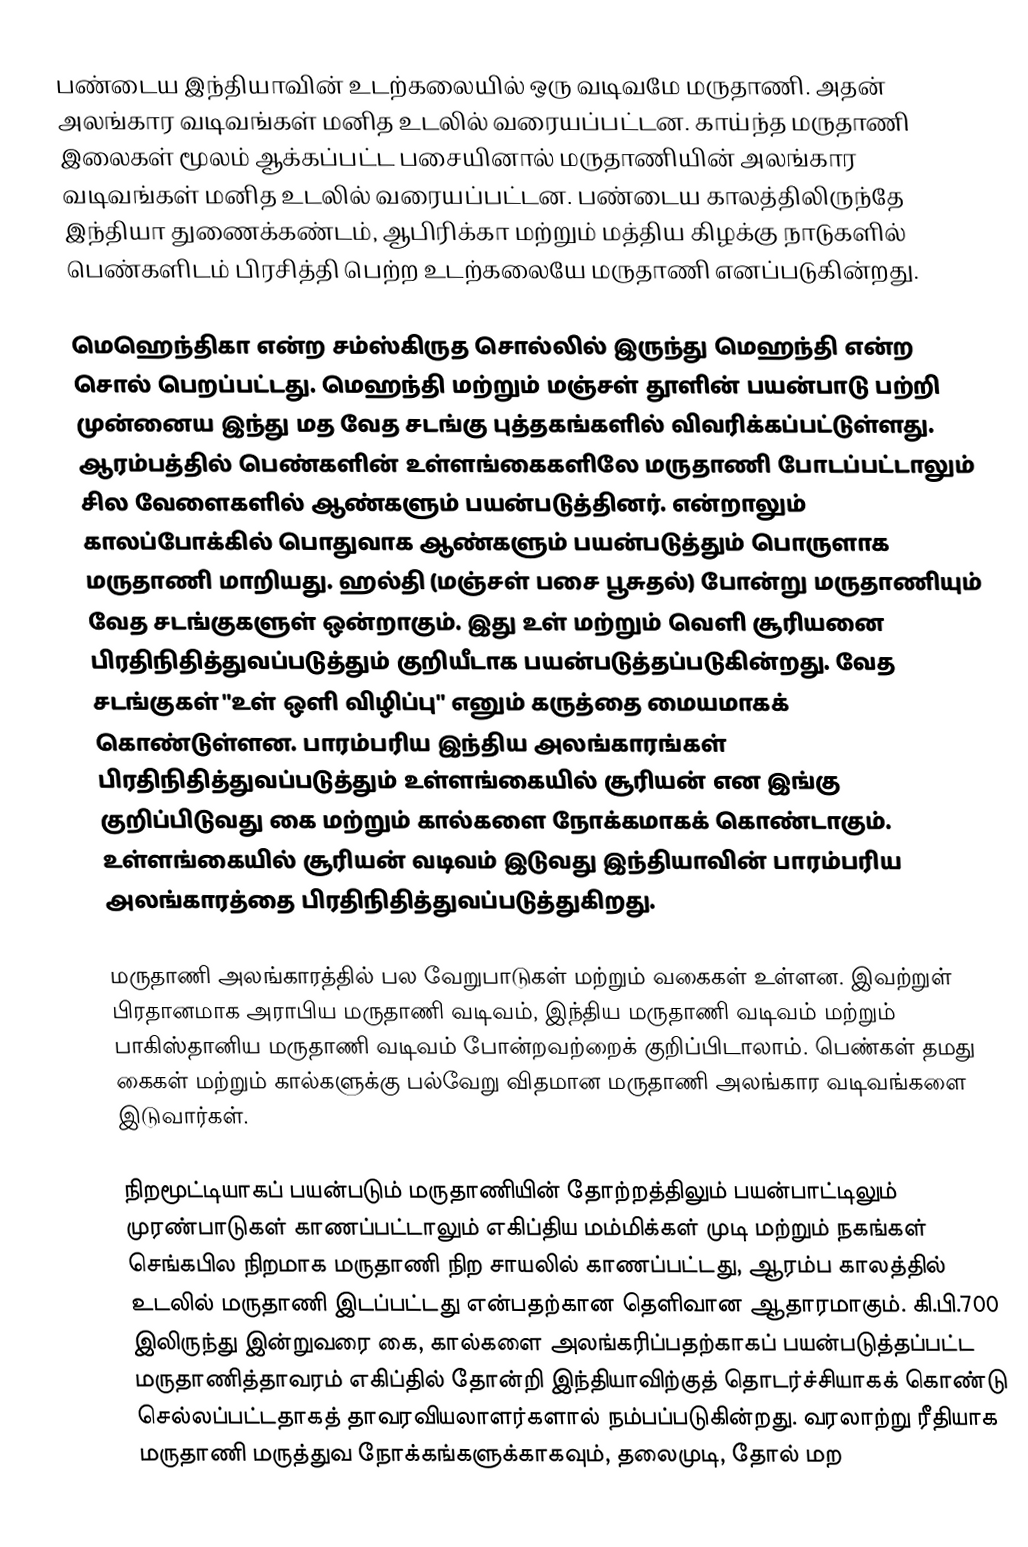
பண்டைய இந்தியாவின் உடற்கலையில் ஒரு வடிவமே மருதாணி. அதன் அலங்கார வடிவங்கள் மனித உடலில் வரையப்பட்டன. காய்ந்த மருதாணி இலைகள் மூலம் ஆக்கப்பட்ட பசையினால் மருதாணியின் அலங்கார வடிவங்கள் மனித உடலில் வரையப்பட்டன. பண்டைய காலத்திலிருந்தே இந்தியா துணைக்கண்டம், ஆபிரிக்கா மற்றும் மத்திய கிழக்கு நாடுகளில் பெண்களிடம் பிரசித்தி பெற்ற உடற்கலையே மருதாணி எனப்படுகின்றது.

மெஹெந்திகா என்ற சம்ஸ்கிருத சொல்லில் இருந்து மெஹந்தி என்ற சொல் பெறப்பட்டது. மெஹந்தி மற்றும் மஞ்சள் தூளின் பயன்பாடு பற்றி முன்னைய இந்து மத வேத சடங்கு புத்தகங்களில் விவரிக்கப்பட்டுள்ளது. ஆரம்பத்தில் பெண்களின் உள்ளங்கைகளிலே மருதாணி போடப்பட்டாலும் சில வேளைகளில் ஆண்களும் பயன்படுத்தினர். என்றாலும் காலப்போக்கில் பொதுவாக ஆண்களும் பயன்படுத்தும் பொருளாக மருதாணி மாறியது. ஹல்தி (மஞ்சள் பசை பூசுதல்) போன்று மருதாணியும் வேத சடங்குகளுள் ஒன்றாகும். இது உள் மற்றும் வெளி சூரியனை பிரதிநிதித்துவப்படுத்தும் குறியீடாக பயன்படுத்தப்படுகின்றது. வேத சடங்குகள் "உள்  ஒளி விழிப்பு" எனும் கருத்தை மையமாகக் கொண்டுள்ளன. பாரம்பரிய இந்திய அலங்காரங்கள் பிரதிநிதித்துவப்படுத்தும் உள்ளங்கையில் சூரியன் என இங்கு குறிப்பிடுவது கை மற்றும் கால்களை நோக்கமாகக் கொண்டாகும். உள்ளங்கையில் சூரியன் வடிவம் இடுவது இந்தியாவின் பாரம்பரிய அலங்காரத்தை பிரதிநிதித்துவப்படுத்துகிறது.

மருதாணி அலங்காரத்தில் பல வேறுபாடுகள் மற்றும் வகைகள் உள்ளன. இவற்றுள் பிரதானமாக அராபிய மருதாணி வடிவம், இந்திய மருதாணி வடிவம் மற்றும் பாகிஸ்தானிய மருதாணி வடிவம் போன்றவற்றைக் குறிப்பிடாலாம். பெண்கள் தமது கைகள் மற்றும் கால்களுக்கு பல்வேறு விதமான மருதாணி அலங்கார வடிவங்களை இடுவார்கள். 

நிறமூட்டியாகப் பயன்படும் மருதாணியின் தோற்றத்திலும் பயன்பாட்டிலும் முரண்பாடுகள் காணப்பட்டாலும் எகிப்திய மம்மிக்கள் முடி மற்றும் நகங்கள் செங்கபில நிறமாக மருதாணி நிற சாயலில் காணப்பட்டது,  ஆரம்ப காலத்தில் உடலில் மருதாணி இடப்பட்டது என்பதற்கான தெளிவான ஆதாரமாகும். கி.பி.700 இலிருந்து இன்றுவரை கை, கால்களை அலங்கரிப்பதற்காகப் பயன்படுத்தப்பட்ட மருதாணித்தாவரம் எகிப்தில் தோன்றி இந்தியாவிற்குத் தொடர்ச்சியாகக் கொண்டு செல்லப்பட்டதாகத் தாவரவியலாளர்களால் நம்பப்படுகின்றது. வரலாற்று ரீதியாக மருதாணி மருத்துவ நோக்கங்களுக்காகவும், தலைமுடி, தோல் மற